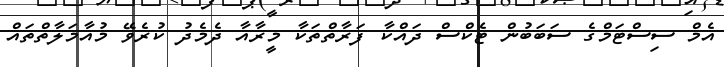
އެމް ސިސްޓަމްގެ ސަބަބުން ޓެކްސް ދައްކާ ފަރާތްތަކާ މީރާއާ ދެމެދު ކުރެވޭ މުއާމަލާތްތައް